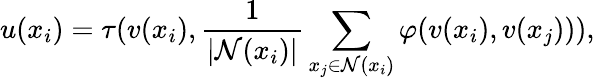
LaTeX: u(x_{i})=\tau(v(x_{i}),\frac{1}{|\mathcal{N}(x_{i})|}\sum_{x_{j}\in\mathcal{N}(x_{i})}\varphi(v(x_{i}),v(x_{j}))),